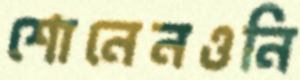
শোনেনওনি